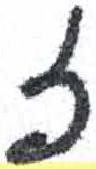
אות: ז